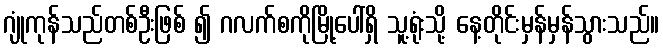
ဂျုံကုန်သည်တစ်ဦးဖြစ် ၍ ဂလက်စကိုမြို့ပေါ်ရှိ သူ့ရုံးသို့ နေ့တိုင်းမှန်မှန်သွားသည်။